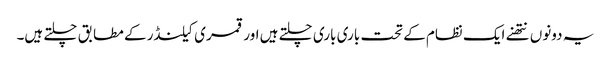
یہ دونوں نتھنے ایک نظام کے تحت باری باری چلتے ہیں اور قمری کیلنڈر کے مطابق چلتے ہیں۔